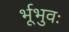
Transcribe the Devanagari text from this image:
र्भूभुवः